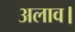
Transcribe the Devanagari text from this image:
अलाव।